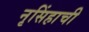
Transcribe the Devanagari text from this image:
नृसिंहाची